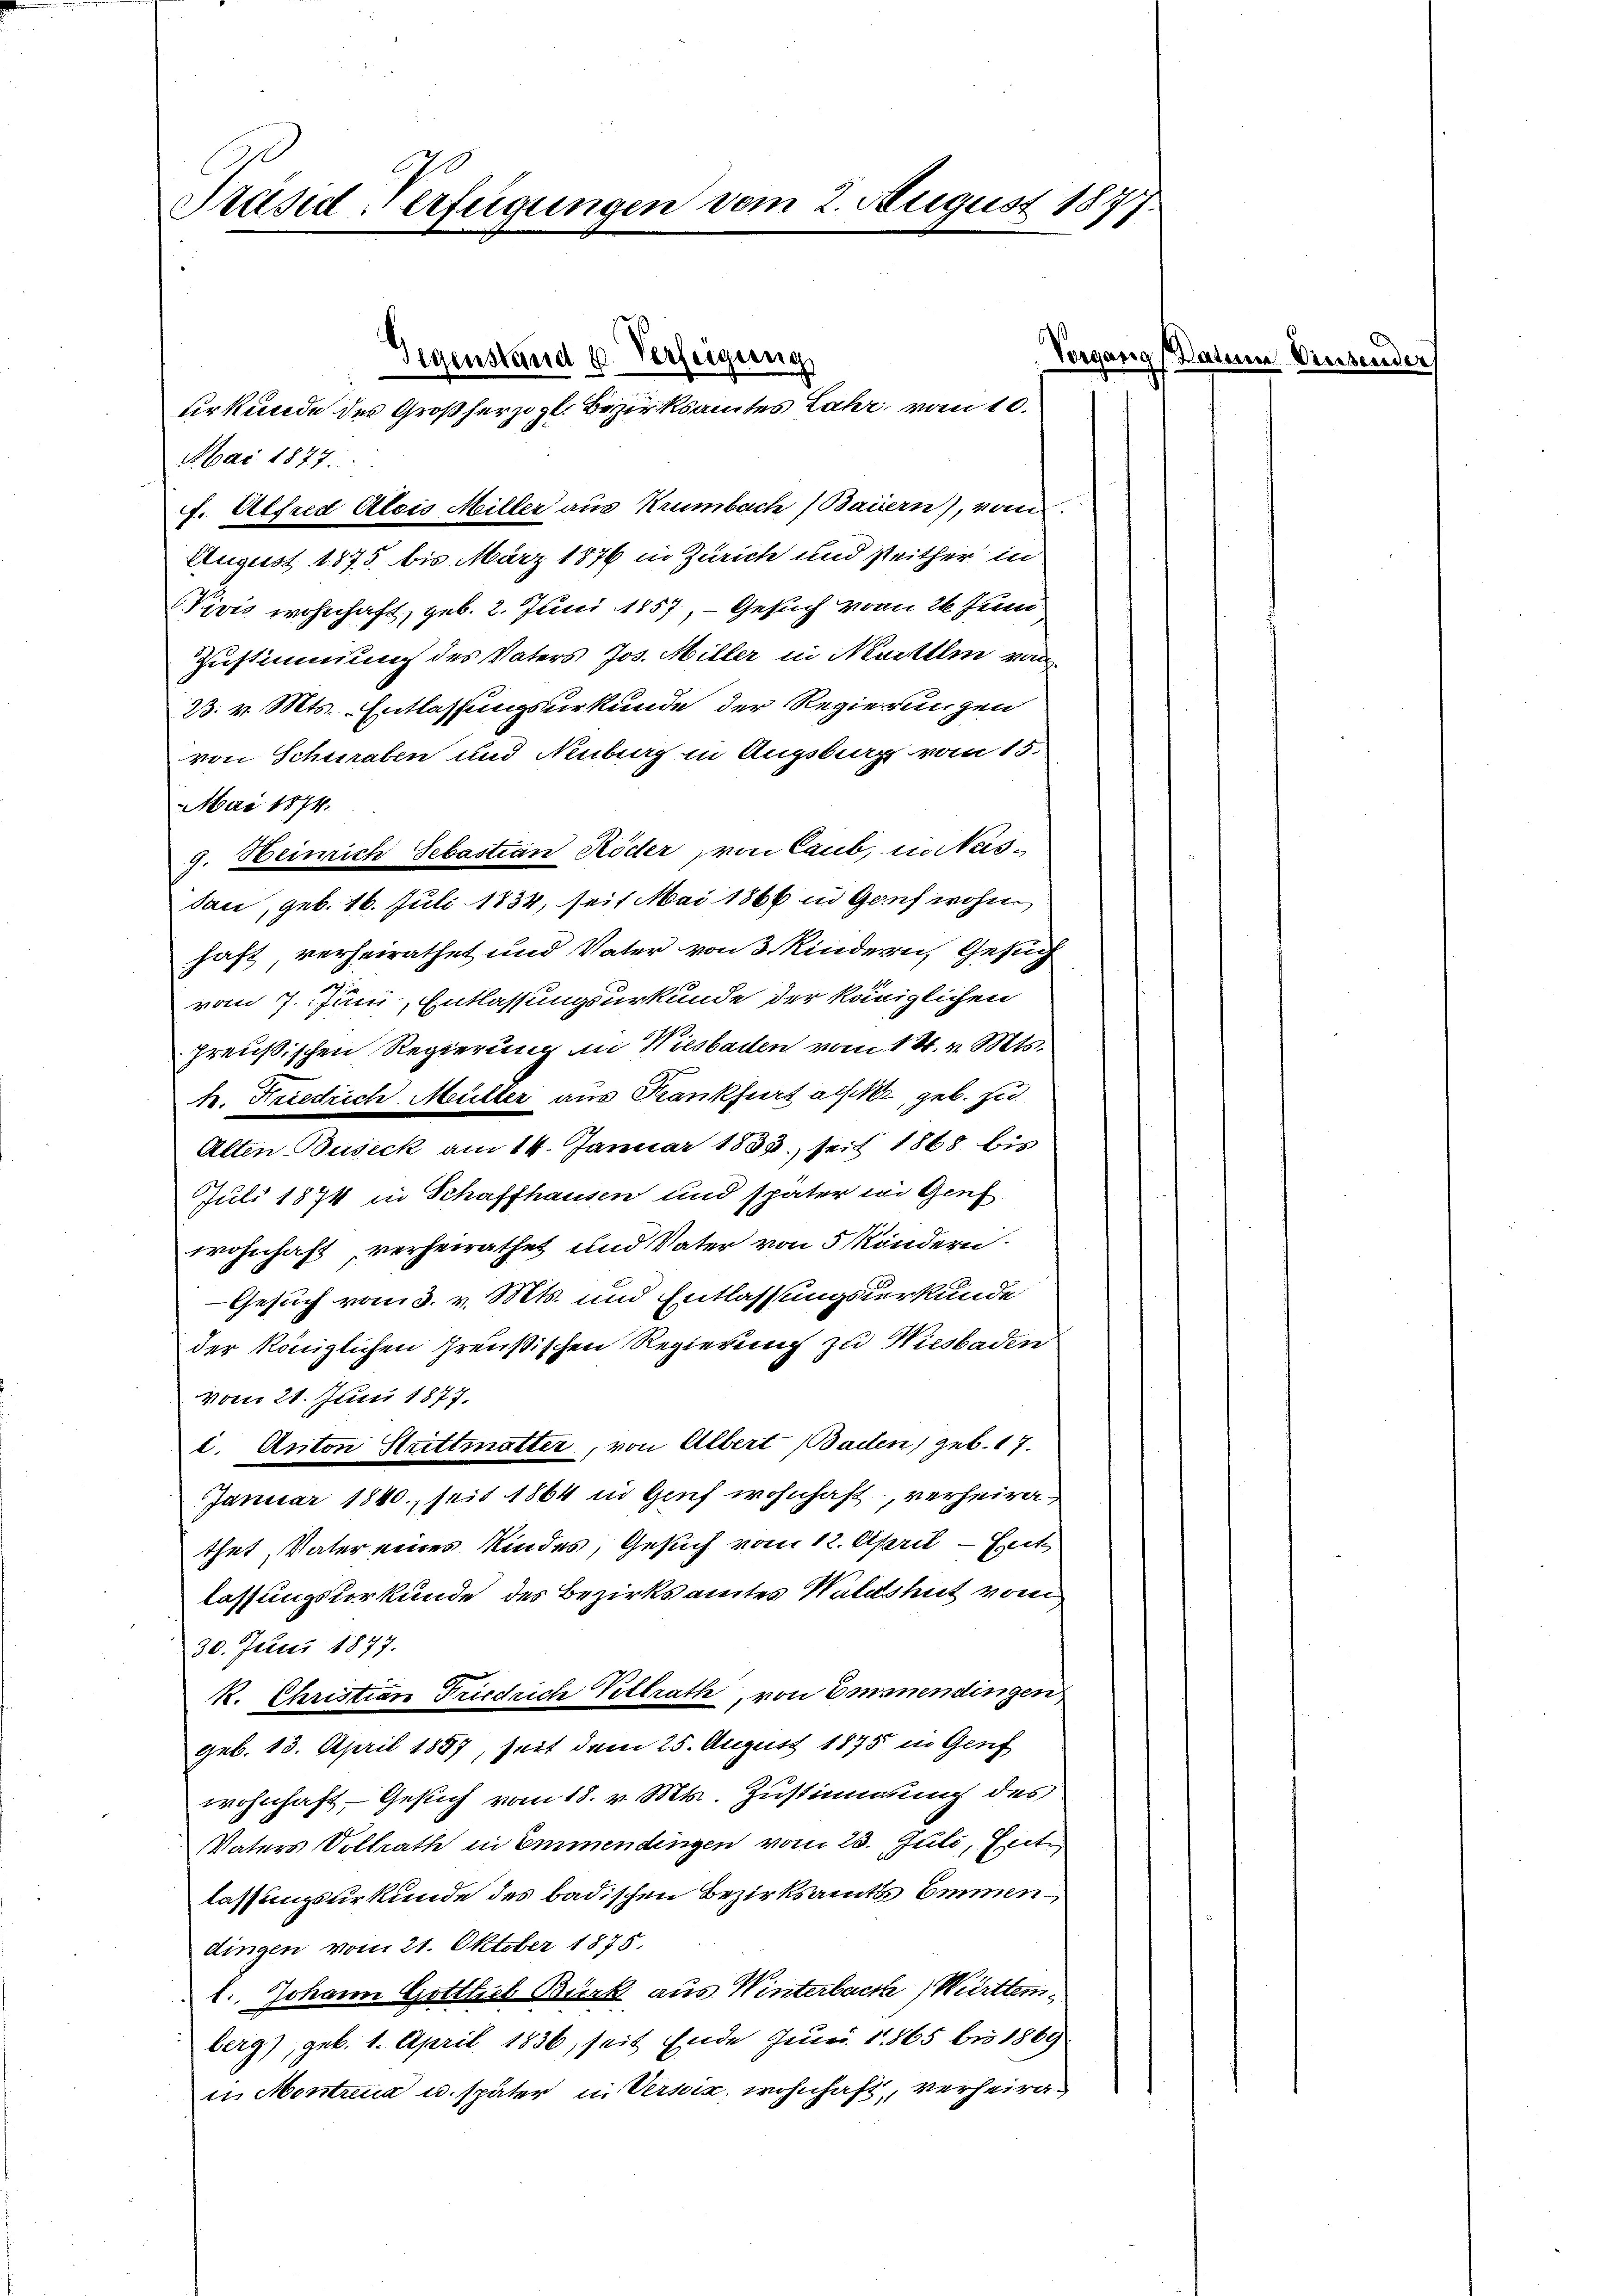
Präsid-Verfügungen vom 2. August 187

Mai 1877.
f. Alfred Alois Miller aus Krumbach (Bauern), von
August 1875 bis März 1876 in Zürich und seither in
Nivis wohnhaft, geb. 2. Juni 1857. — Gesuch vom 26. Juni
Zustimmung des Vaters Jos. Miller in Neuchtlin von
33. v. Mts. Entlassungsurkunde der Regierungen
von Schwaben und Neuberg in Augsberg vom 15.
Mai 1874.
dau, geb. 16. Juli 1834, seit Mai 1866 in Ganz wohn
haft, verheirathet und Vater von 3 Kindern, Gesuch
vom 7. Juni, Entlassungsurkunde der königlichen
preußischen Regierung in Wiesbaden vom 14. v. Mts.
k. Friedrich Müller aus Krankfurt achte, geb. zu
Alten Buseck am 14. Januar 1888. seit 1868 bis
Juli 1874 in Schaffhausen und später in Genf
wohnhaft verheirathet und Vater von 5 Monderni
Gesuch vom 3. v. Mts. und Entlassungsurkunde
der königlichen Preußischen Regierung zu Wiesbaden
vom 21. Juni 1877.
c. Anton Strittmatter, von Albert Baden, geb. 17.
Januar 1840, seit 1864 in Genf wohnhaft, verheirathet, Vater eines Kindes, Gesuch vom 12. April - Ent
lassungsurkunde des Bezirksamtes Waldshut vom
30. Juni 1877.
R. Christian Friedrich Vollrath, von Emmendingen
geb. 13. April 1887, seit dem 25. August 1875 in Genf
wohnhaft, Gesuch vom 18. v. Mts. Zustimmung des
Vaters Vollrath in Emmendingen vom 23. Juli, Erit.
lassungsurkunde des badischen Bezirksamts Emmendingen vom 21. Oktober 1875.
l.. Johann Gottlich Bürk aus Winterbach Württemberg), geb. 1. April 1836, seit Ende Juni 1865 bis 1869
in Mentzena u. später in Versis, wohnhaft, verheira¬

Gegenstand u. Verfeigung
urkunde des Großherzogl. Bezirksamtes Lahr, vom 10.

g. Heinrich Sebastian Köder, von Laub, in Nas¬

Vorgang

arum